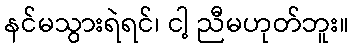
နင်မသွားရဲရင်၊ ငါ့ ညီမဟုတ်ဘူး။